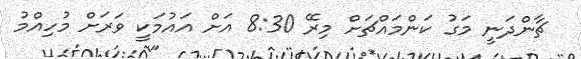
ޗާންދަނީ މަގު ކަންމައްޗަށް މިރޭ 8:30 އަށް އައުމަކީ ވަރަށް މުހިއްމު